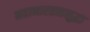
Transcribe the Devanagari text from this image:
महाभारतातसुद्धा